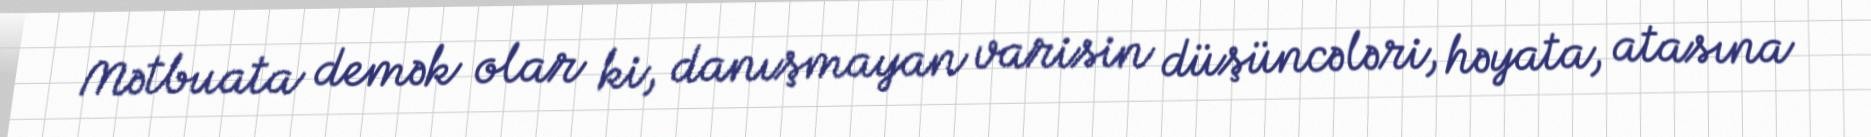
Mətbuata demək olar ki, danışmayan varisin düşüncələri, həyata, atasına